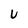
Character: u